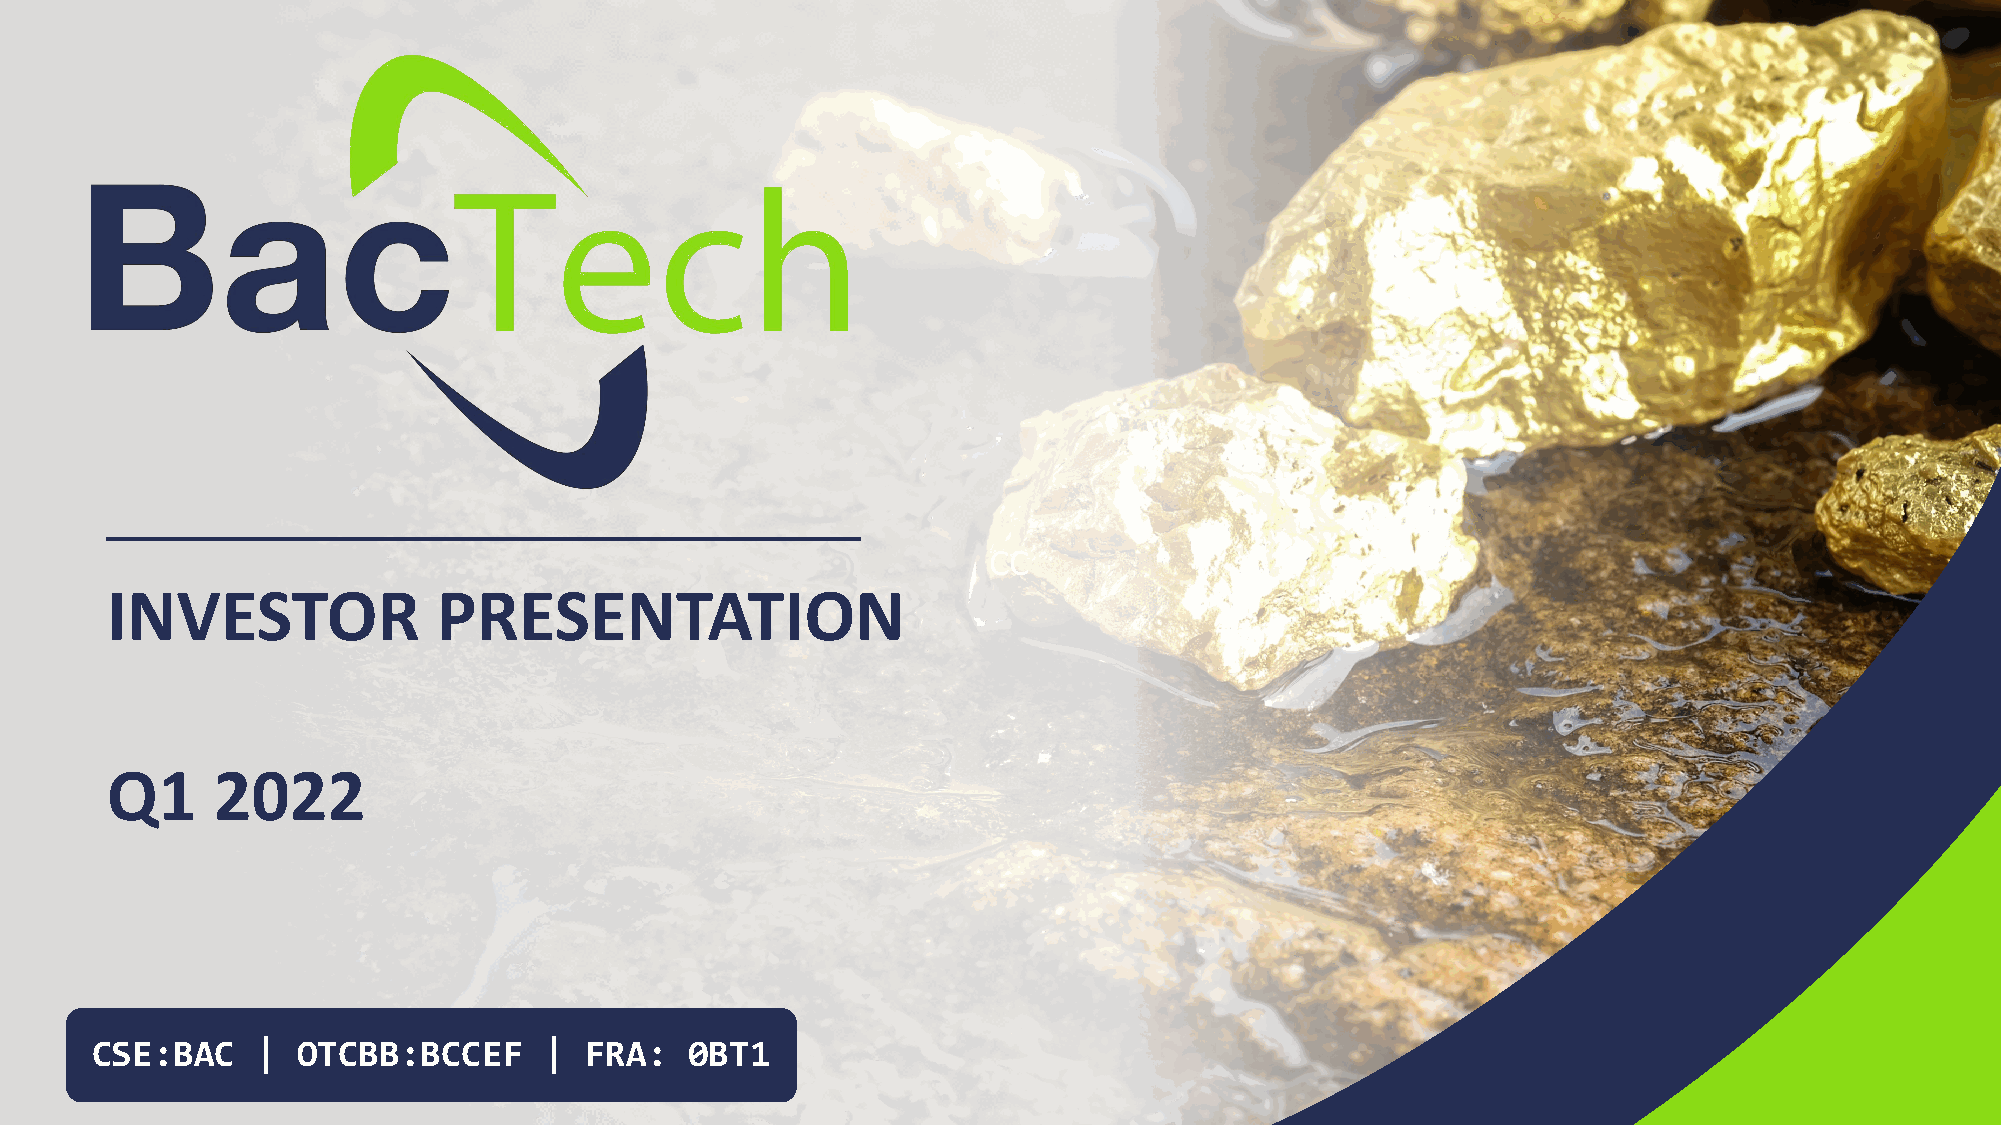
CC
 INVESTOR              PRESENTATION
 Q1     2022
 CSE:BAC    |  OTCBB:BCCEF     |  FRA:   0BT1